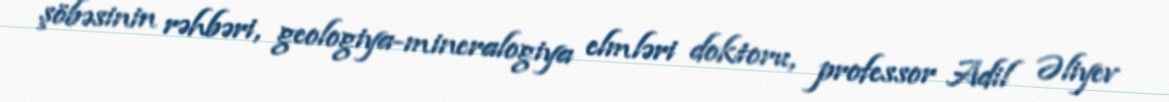
şöbəsinin rəhbəri, geologiya-mineralogiya elmləri doktoru, professor Adil Əliyev